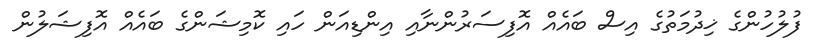
ފުލުހުންގެ ޚިދުމަތުގެ އިސް ބައެއް އޮފިސަރުންނާއި އިންޑިއަން ހައި ކޮމިޝަންގެ ބައެއް އޮފިޝަލުން